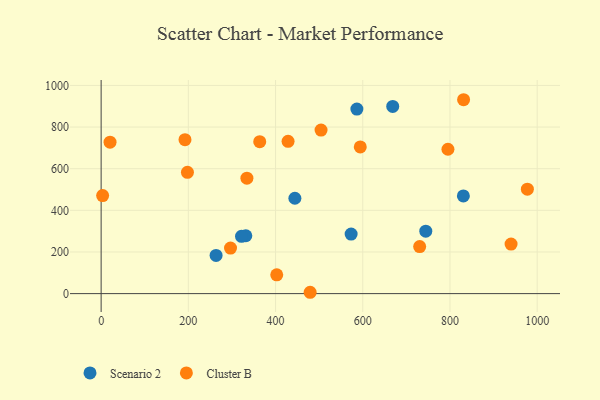
{"axis": {"x": "Speed", "y": "Sales"}, "legend": ["Cluster B", "Scenario 2"], "data": [{"x": "573.3", "y": 285.9, "type": "Scenario 2"}, {"x": "263.6", "y": 183.2, "type": "Scenario 2"}, {"x": "744.5", "y": 300.1, "type": "Scenario 2"}, {"x": "331.8", "y": 277.9, "type": "Scenario 2"}, {"x": "321.9", "y": 275.1, "type": "Scenario 2"}, {"x": "668.7", "y": 899.1, "type": "Scenario 2"}, {"x": "444.3", "y": 458.0, "type": "Scenario 2"}, {"x": "830.7", "y": 469.0, "type": "Scenario 2"}, {"x": "586.5", "y": 886.2, "type": "Scenario 2"}, {"x": "940.1", "y": 237.8, "type": "Cluster B"}, {"x": "363.7", "y": 729.8, "type": "Cluster B"}, {"x": "831.2", "y": 931.3, "type": "Cluster B"}, {"x": "197.9", "y": 582.6, "type": "Cluster B"}, {"x": "730.5", "y": 225.8, "type": "Cluster B"}, {"x": "20.4", "y": 727.2, "type": "Cluster B"}, {"x": "977.5", "y": 501.7, "type": "Cluster B"}, {"x": "479.3", "y": 6.4, "type": "Cluster B"}, {"x": "594.3", "y": 704.8, "type": "Cluster B"}, {"x": "3.4", "y": 471.0, "type": "Cluster B"}, {"x": "334.3", "y": 554.3, "type": "Cluster B"}, {"x": "795.3", "y": 693.4, "type": "Cluster B"}, {"x": "192.3", "y": 739.6, "type": "Cluster B"}, {"x": "504.3", "y": 785.4, "type": "Cluster B"}, {"x": "428.7", "y": 731.3, "type": "Cluster B"}, {"x": "296.7", "y": 218.8, "type": "Cluster B"}, {"x": "402.7", "y": 90.1, "type": "Cluster B"}]}